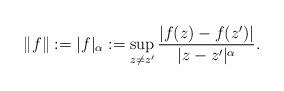
LaTeX: \begin{align*} \|f\| := |f|_{\alpha} := \sup_{z \neq z'} \frac{|f(z) - f(z')|}{|z-z'|^{\alpha}}.\end{align*}